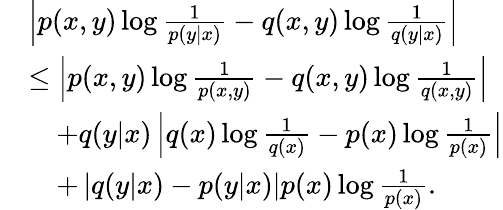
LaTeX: \begin{array}{rl}&{\left|p(x,y)\log\frac{1}{p(y|x)}-q(x,y)\log\frac{1}{q(y|x)}\right|}\\ &{\leq\left|p(x,y)\log\frac{1}{p(x,y)}-q(x,y)\log\frac{1}{q(x,y)}\right|}\\ &{\quad+q(y|x)\left|q(x)\log\frac{1}{q(x)}-p(x)\log\frac{1}{p(x)}\right|}\\ &{\quad+\left|q(y|x)-p(y|x)\right|p(x)\log\frac{1}{p(x)}.}\end{array}